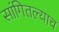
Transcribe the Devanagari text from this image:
सांगितल्याच